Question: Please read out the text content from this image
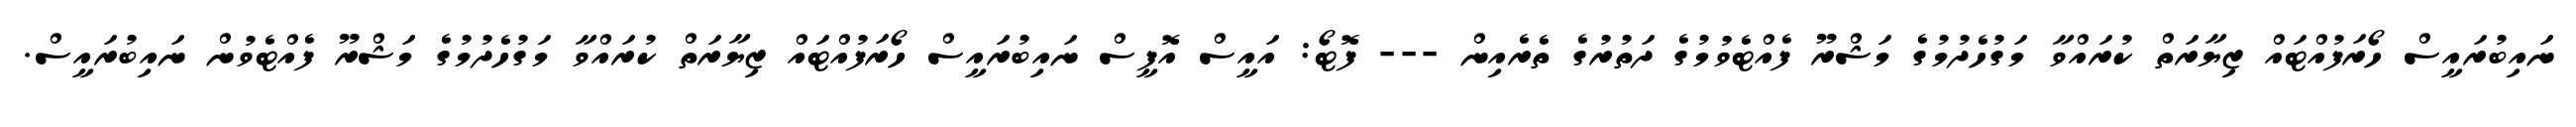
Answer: ނައިބުރައީސް ހޯރަފުއްޓައް ޒިޔާރަތް ކުރައްވާ މަގުހެދުމުގެ މަޝްރޫ ފެއްޓެވުމުގެ ދަތުރުގެ ތެރެއިން --- ފޮޓޯ: އައީސް އޮފީސް ނައިބުރައީސް ހޯރަފުއްޓައް ޒިޔާރަތް ކުރައްވާ މަގުހެދުމުގެ މަޝްރޫ ފެއްޓެވުން ނައިބުރައީސް.